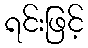
ရင်းဖြင့်